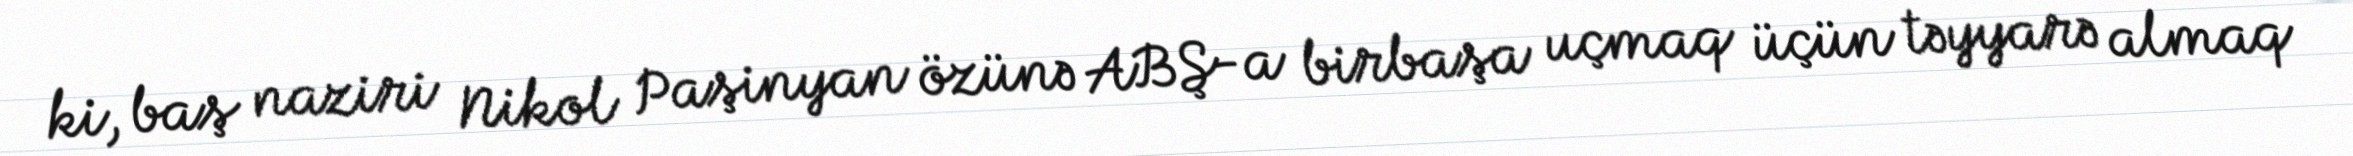
ki, baş naziri Nikol Paşinyan özünə ABŞ-a birbaşa uçmaq üçün təyyarə almaq